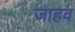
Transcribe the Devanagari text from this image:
जाहव